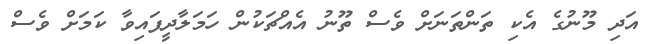
އަދި މޫނުގެ އެކި ތަންތަނަށް ވެސް ތޫނު އެއްޗަކުން ހަމަލާދީފައިވާ ކަމަށް ވެސް